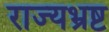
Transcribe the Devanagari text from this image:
राज्यभ्रष्ट